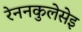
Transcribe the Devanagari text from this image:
रेननकुलेसेइ